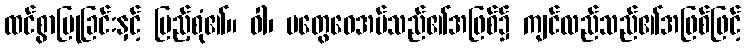
ထင်စွာပြုခြင်းနှင့် ပြည့်စုံ၏။ ဝါ၊ မတွေဝေအပ်သည်၏အဖြစ်၌ ကျင်လည်သည်၏အဖြစ်ဖြင့်